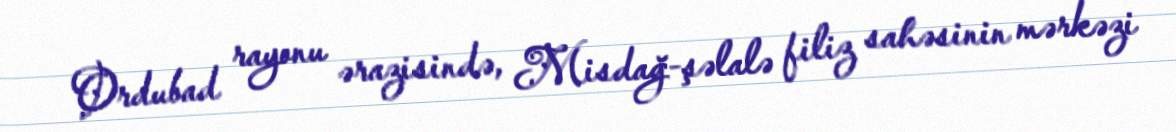
Ordubad rayonu ərazisində, Misdağ-şəlalə filiz sahəsinin mərkəzi